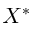
X ^ { * }